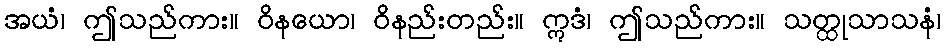
အယံ၊ ဤသည်ကား။ ဝိနယော၊ ဝိနည်းတည်း။ ဣဒံ၊ ဤသည်ကား။ သတ္ထုသာသနံ၊